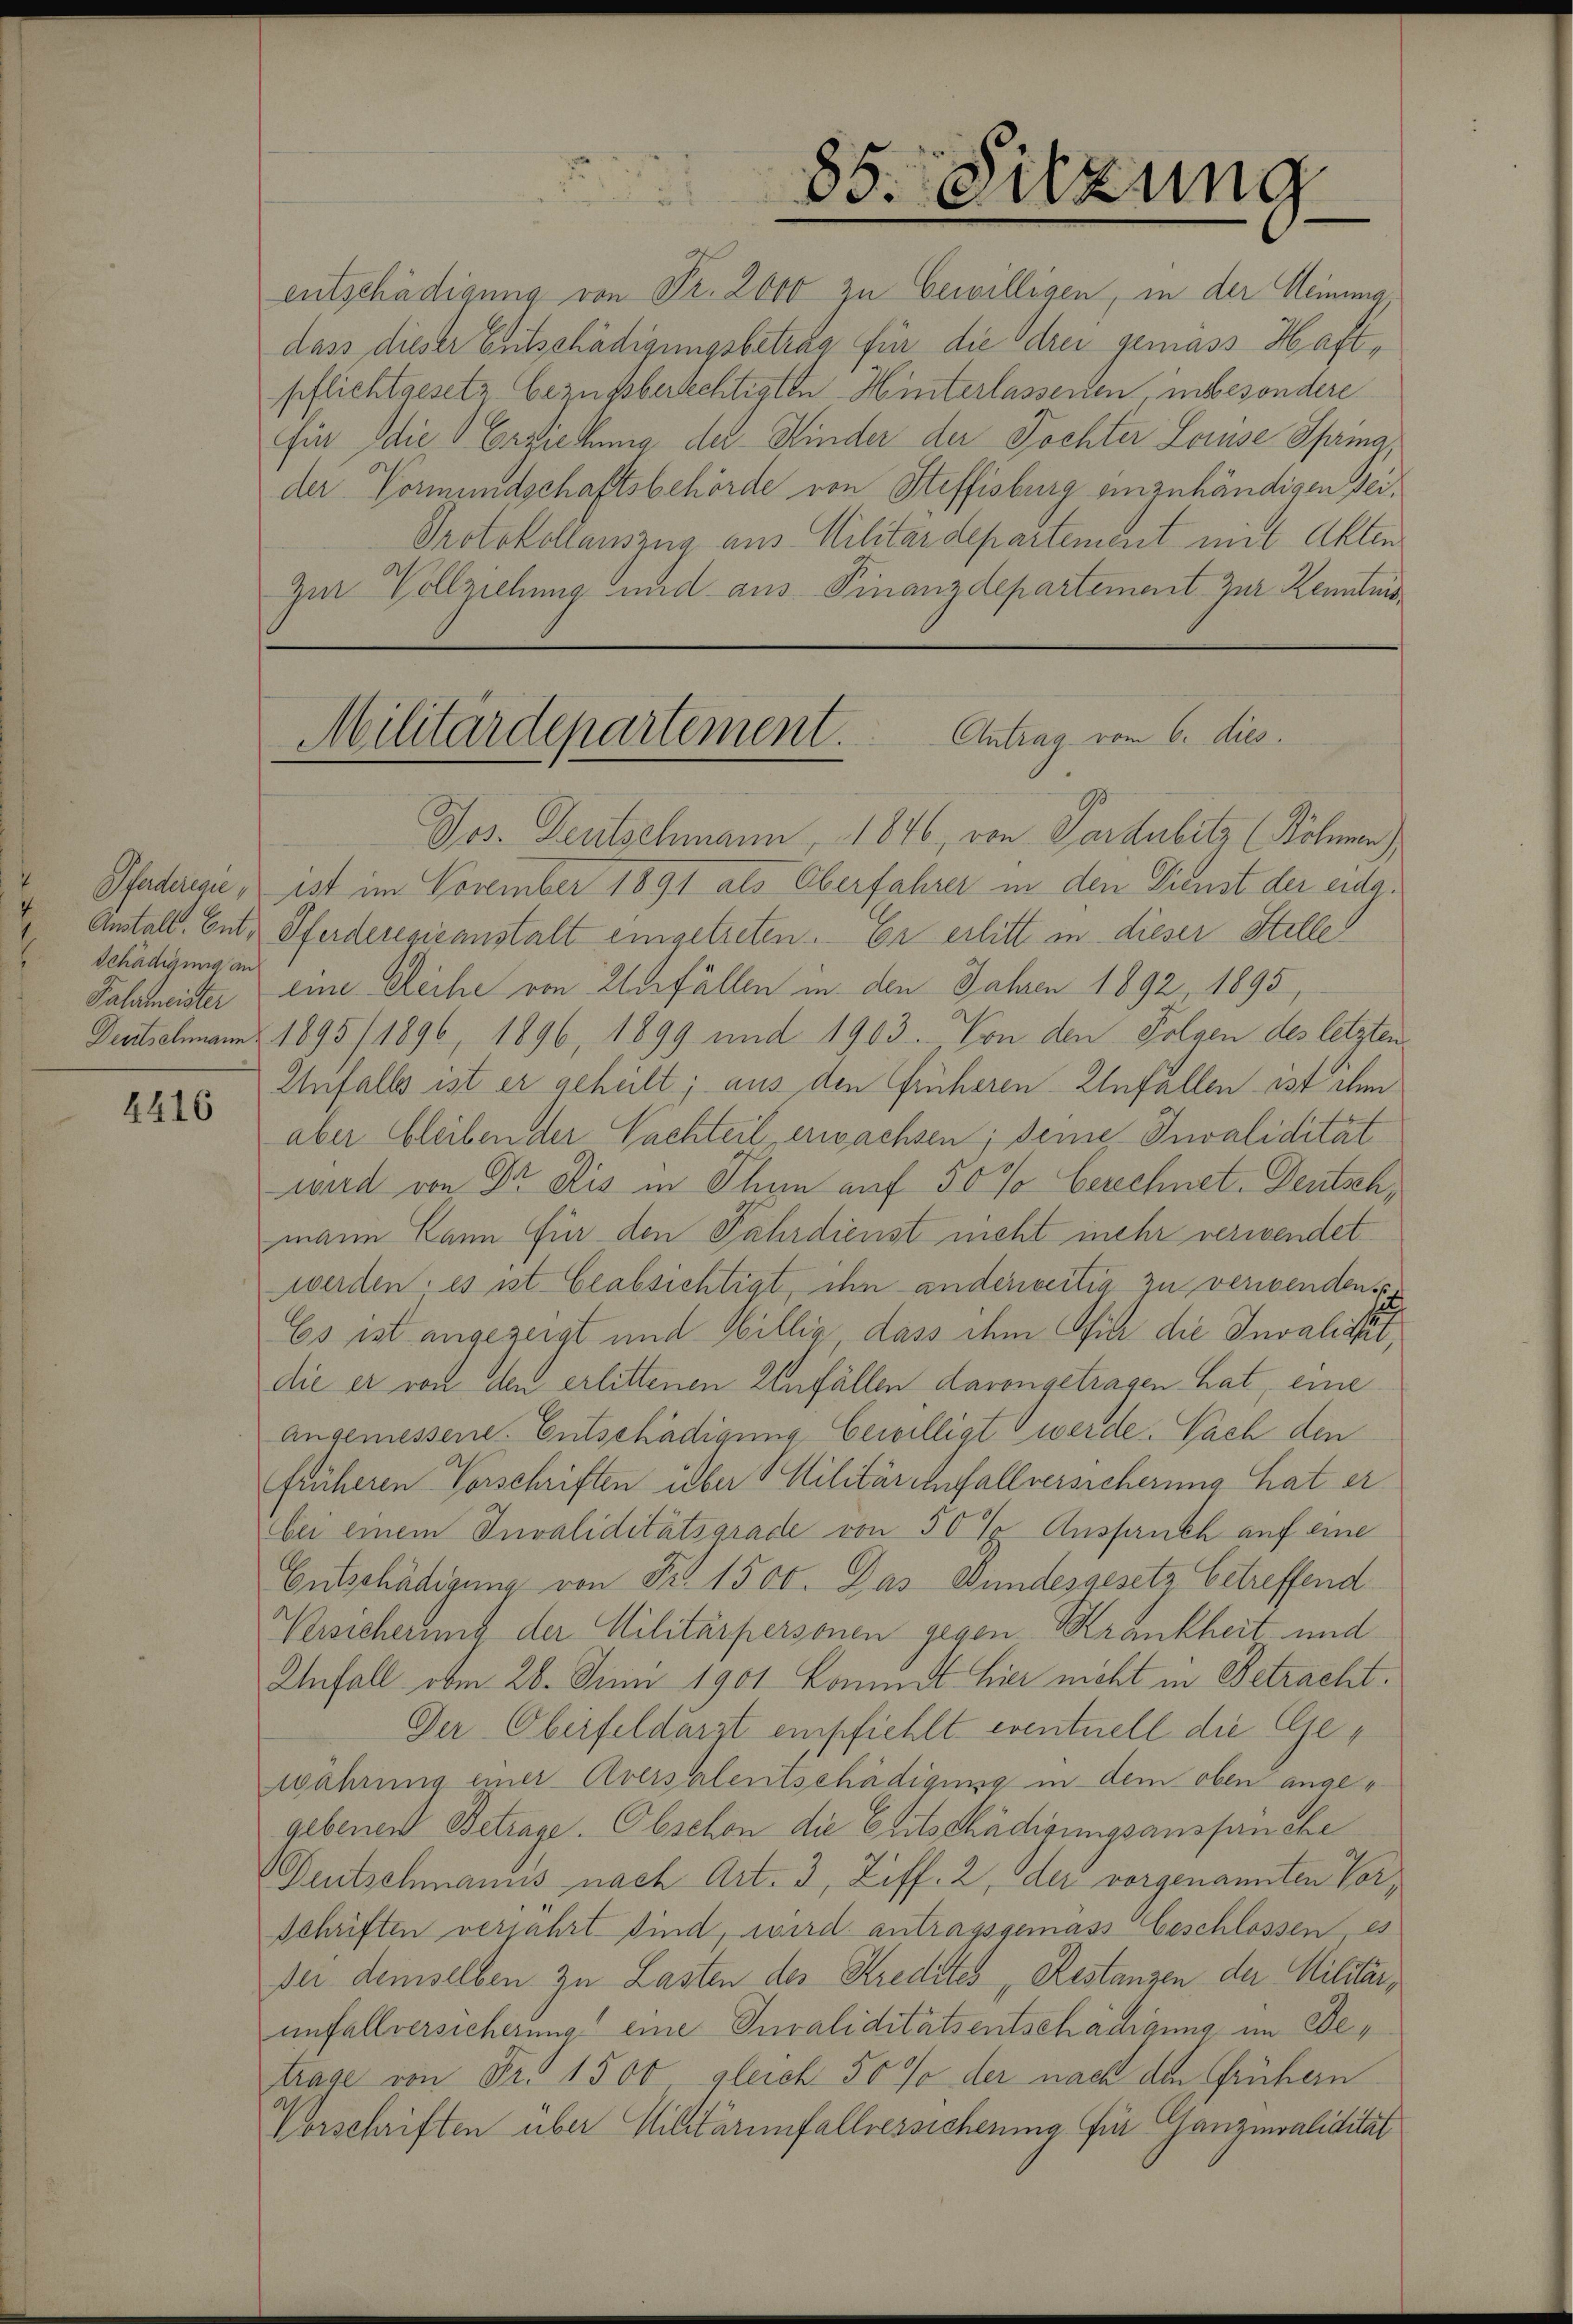
Schädigung an

4416

entschädigung von Fr. 2000 zu bewilligen, in der Meinung,
dass dieser Entschädigungsbetrag für die drei gemass Hartpflichtgesetz bezugsberechtigten Hinterlassenen, insbesondere
Ein die Erziehung der Kinder der Tochter Louse Spring,
der Vormundschaftsbehörde von Steffisburg einzuhändigen sei¬
Protokollauszug aus Militärdepartement mit Akten
Zur Vollziehung und aus Finanzdepartement zur Kenntnis

85. Sitzung

Militärdepartement.         Antrag vom 6. dies

Jos. Deutschmann, 1846, von Pardubitz (Böhmen)
Pfaderige, ist im November 1891 als Oberfahrer in den Dienst der eidg.
Anstall. Ent- Pferderesieanstalt eingetreten. Er erlitt in dieser Stelle
Palmeister eine Reihe von Unfällen in den Jahren 1892 1895,
Deutschmann 1895/1896, 1896, 1899 und 1903. Von den Folgen des letzten
Unfalls ist er geheilt; aus den früheren Unfallen ist ihm
aber bleiben der Nachteil erwachsen; deine Invalidität
wird von Dr. Bis in Ihn auf 50 % berechnet-Deutsch,
mann kann für den Fahrdienst nicht mehr verwendet
werden, es ist beabsichtigt, ihn anderweitig zu verwenden. Es
Es ist angezeigt und Willig, dass ihm Pier die Invalidet,
die er von den erlittenen Einfällen davongetragen hat, eine
angemessene Entschädigung bewilligt werde. Nach den
früheren Vorschriften über Militärinfallversicherung hat er
bei einem Invaliditätsgrade von 50 % Ausfruch auf eine
Entschädigung von Fr. 1500. Das Bundesgesetz betreffend
Besicherung der Militärpersonen gegen Krankheit, und
Anfall vom 26. Juni 1901 kommt hier nicht in Betracht.
Der Oberfeldarzt empfiehlt eventuell die Gewährung einer Eversalentschädigung in dem oben angegebenen Betrage. Obschon die Entschädigungsanspruche
Deutschmanns nach Art. 3, Ziff. 2, der vorgenannten Vorschriften verjahrt sind, wird antragsgemäss Geschlossen es
der demselben zu Lasten des Kredites „Restanzen der Militärunfallversicherung eine Juraliditätsentschädigung im Detrage von Fr. 1500 gleich 50 % der nach den frühern
Vorschriften über Militärinfallversicherung für Ganzmvalidität